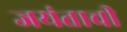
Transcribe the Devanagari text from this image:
जयंताची